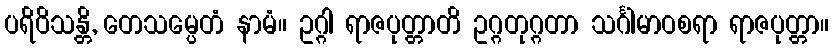
ပရိဝိသန္တိ, တေသမ္ပေတံ နာမံ။ ဥဂ္ဂါ ရာဇပုတ္တာတိ ဥဂ္ဂတုဂ္ဂတာ သင်္ဂါမာဝစရာ ရာဇပုတ္တာ။